Leaving Certificate Examination, 1921
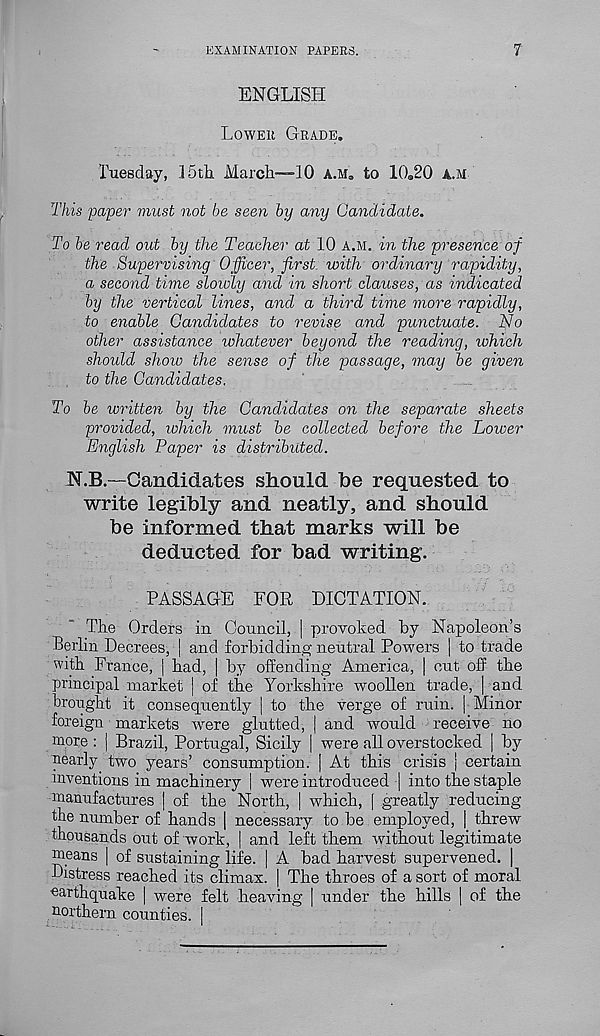
EXAMINATION PAPERS.
?
ENGLISH
LOWER GRADE.
Tuesday, loth March—-10 A.M. to lO^O A.M
This paper must not be seen by any Candidate.
To be read out by the Teacher at 10 A.M. in the presence of
the Supervising Officer, first with ordinary rapidity,
a second time slowly and in short clauses, as indicated
by the vertical lines, and a third time more rapidly,
to enable Candidates to revise and punctuate. No
other assistance whatever beyond the reading, which
should show the sense of the passage, may be given
to the Candidates.
To be written by the Candidates on the separate sheets
provided, which must be collected before the Lower
English Paper is distributed.
TT.B.—Candidates should he requested to
write legibly and neatly, and should
be informed that marks will be
deducted for bad writing.
PASSAGE FOR DICTATION.
The Orders in Council, | provoked by Napoleon’s
Berlin Decrees, ! and forbidding neutral Powers | to trade
with France, j had, | by offending America, | cut off the
principal market | of the Yorkshire woollen trade, ( and
brought it consequently | to the verge of ruin. | Minor
foreign markets 'were glutted, | and would receive no
more : | Brazil, Portugal, Sicily | were all overstocked | by
nearly two years’ consumption. | At this crisis j certain
inventions in machinery | were introduced | into the staple
manufactures | of the North, | which, [ greatly reducing
the number of hands | necessary to be employed, | threw
thousands out of work, | and left them without legitimate
means | of sustaining life. | A bad harvest supervened. |
Distress reached its climax. | The throes of a sort of moral
earthquake | were felt heaving | under the hills | of the
northern counties. |